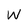
Character: W